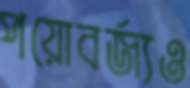
পয়োবর্জ্যও